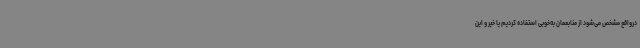
درواقع مشخص می‌شود از منابعمان به‌خوبی استفاده کردیم یا خیر و این